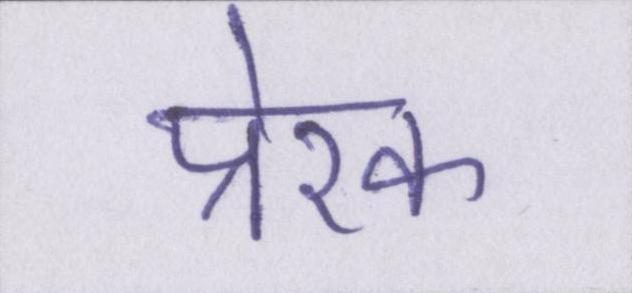
प्रेरक